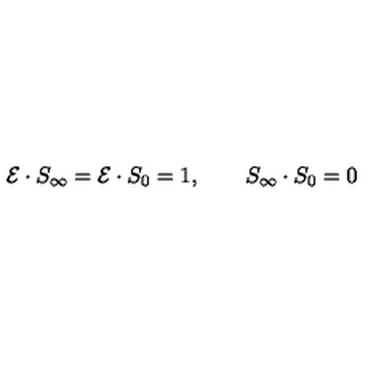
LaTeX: { \cal { E } } \cdot S _ { \infty } = { \cal { E } } \cdot S _ { 0 } = 1 , \qquad S _ { \infty } \cdot S _ { 0 } = 0